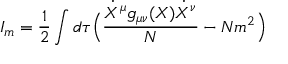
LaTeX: I _ { m } = \frac { 1 } { 2 } \int d \tau \Bigl ( \frac { \dot { X } ^ { \mu } g _ { \mu \nu } ( X ) \dot { X } ^ { \nu } } { N } - N m ^ { 2 } \Bigr )